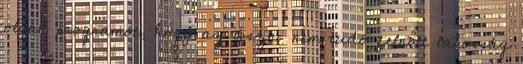
olyan programot, hogy az úszni nem tudó felnőtt lakosság